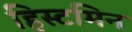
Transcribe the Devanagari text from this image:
हिस्टमिन